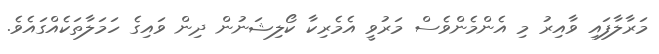
މަރާލާފައި ވާއިރު މި އެންމެންވެސް މަރުވީ އެމެރިކާ ކޯލިޝަނުން ދިން ވައިގެ ހަމަލާތަކެއްގައެވެ.